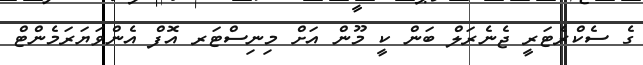
ގެ ސެކްރެޓަރީ ޖެނެރަލް ބަން ކީ މޫން އަށް މިނިސްޓަރ އޮފް އެންވަޔަރަމެންޓް